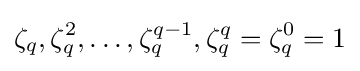
\zeta _{q},\zeta _{q}^{2},\ldots ,\zeta _{q}^{q-1},\zeta _{q}^{q}=\zeta _{q}^{0}=1